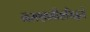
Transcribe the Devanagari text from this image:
नमश्चाभीष्टसिद्धये